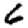
Digit: 6